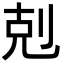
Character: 剋